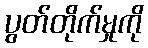
ပွတ်တိုက်မှုကို